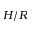
H / R